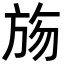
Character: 𣃦